Calcutta medical institutions reports 1871-78
Year: 1871
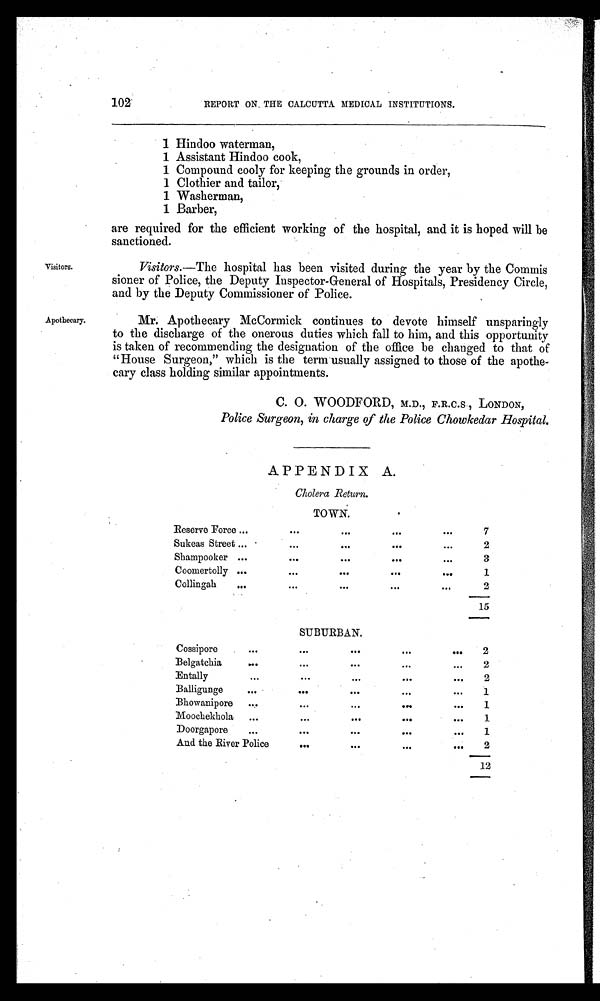
102
REPORT ON THE CALCUTTA MEDICAL INSTITUTIONS.
1 Hindoo waterman,
1 Assistant Hindoo cook,
1 Compound cooly for keeping the grounds in order,
1 Clothier and tailor,
1 Washerman,
1 Barber,
are required for the efficient working of the hospital, and it is hoped will be
sanctioned.
Visitors.
Visitors. —The hospital has been visited during the year by the Commis
sioner of Police, the Deputy Inspector-General of Hospitals, Presidency Circle,
and by the Deputy Commissioner of Police.
Apothecary.
Mr. Apothecary McCormick continues to devote himself unsparingly
to the discharge of the onerous duties which fall to him, and this opportunity
is taken of recommending the designation of the office be changed to that of
"House Surgeon," which is the term usually assigned to those of the apothe
-
cary class holding similar appointments.
C. 0. WOODFORD, M.D., F.R.C.S , LONDON,
Police Surgeon, in charge of the Police Chowkedar Hospital.
APPENDIX A.
Cholera Return.
TOWN.
Reserve Force
. . .
. . .
. . .
. . .
7
Sukeas Street
. . .
. . .
. . .
. . .
2
Shampooker
. . .
. . .
. . .
. . .
3
Coomertolly
. . .
. . .
. . .
. . .
1
Collingah
. . .
...
. . .
. . .
2
15
SUBURBAN.
Cossipore
. . .
. . .
. . .
. . .
2
Belgatchia
. . .
. . .
. . .
. . .
2
Entally
. . .
. . .
. . .
. . .
2
Balligunge
. . .
. . .
. . .
. . .
1
Bhowanipore
. . .
. . .
. . .
. . .
1
Moochekhola
. . .
. . .
. . .
. . .
1
Doorgapore
. . .
. . .
. . .
. . .
1
And the River Police
. . .
. . .
. . .
. . .
2
12